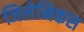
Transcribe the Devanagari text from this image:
जिलेनिकस